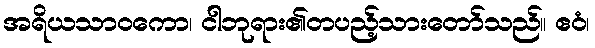
အရိယသာဝကော၊ ငါဘုရား၏တပည့်သားတော်သည်။ ဧဝံ၊